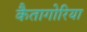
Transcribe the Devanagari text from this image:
कैतागोरिया